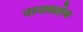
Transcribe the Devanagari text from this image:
नानासहेब